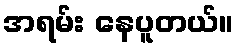
အရမ်း နေပူတယ်။